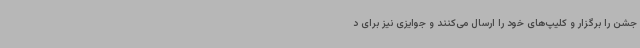
جشن را برگزار و کلیپ‌های خود را ارسال می‌کنند و جوایزی نیز برای د